Vaccination North-Western Provinces and Oudh 1896-1901 - 1896-1901
Year: 1896
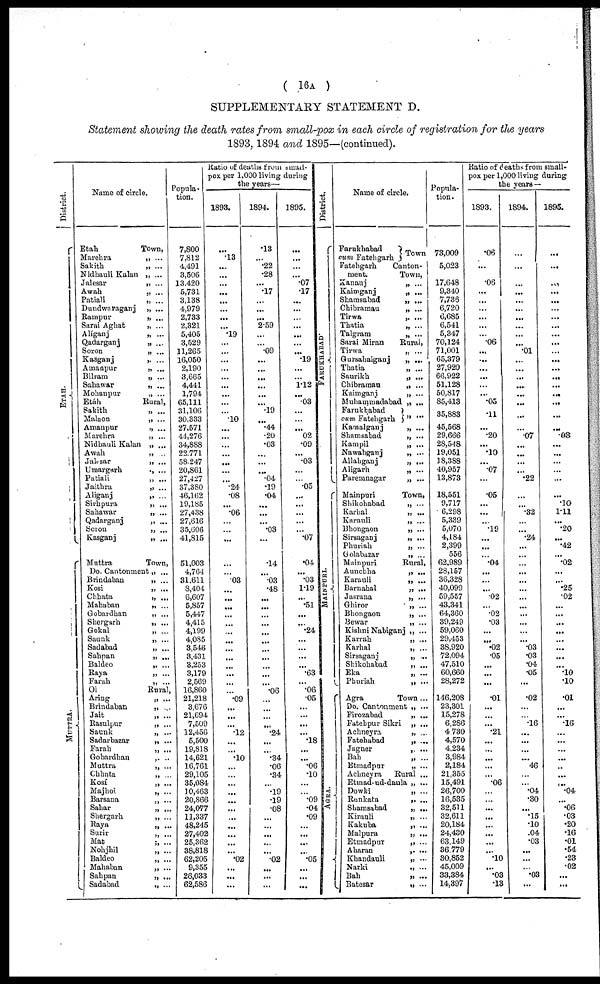
( 16A )
SUPPLEMENTARY STATEMENT D.
Statement showing the death rates from small-pox in each circle of registration for the years
1893, 1894 and 1895—(continued).
District.
ETAH.
MUTTRA.
Name of circle.
Etah
Marchra
Sakith
Nidhauli Kalan
Jalesar
Awah
Patiali
Dundwaraganj
Rampur
Sarai Aghat
Alíganj
Qadarganj
Soron
Kasganj
Amaopur
Bilram
Sahawar
Mohanpur
Etáh
Sakith
Malaon
Amanpur
Marehra
Nidhauli Kalan
Awah
Jalesar
Umargarh
Patiali
Jaithra
Aliganj
Sirhpura
Sahawar
Qadarganj
Soron
Kasganj
Muttra
Do. Cantonment
Brindaban
Kosi
Chhata
Mahaban
Gobardhan
Shergarh
Gokal
Saunk
Sadabad
Sahpan
Baldeo
Raya
Farah
Ol
Aring
Brindaban
Jait
Rasulpur
Saunk
Sadarbazar
Farah
Gobardhan
Muttra
Chhata
Kosí
Majhoi
Barsana
Sahar
Shergarh
Raya
Surir
Mat
Nohjhil
Baldeo
Mahaban
Sahpan
Sadabad
Town,
Rural,
Town,
Rural,
Popula-
tion.
7,800
7,812
4,491
3,506
13,420
5,731
3,138
4,979
2,733
2,321
5,405
3,529
11,265
16,050
2,190
3,665
4,441
1,794
65,111
31,106
30,333
27,571
44,276
34,888
22,771
58,247
20,861
27,427
37,380
46,162
19,185
27,438
27,616
35,606
41,815
51,003
4,764
31,611
8,404
6,607
5,857
5,447
4,415
4,199
4,085
3,546
3,431
3,253
3,179
2,569
16,860
21,218
3,676
21,694
7,509
12,456
5,500
19,818
14,621
16,761
29,105
35,084
10,463
20,866
24,077
11,337
48,245
27,402
25,362
38,818
62,205
9,355
26,033
62,586
Ratio of deaths from small-
pox per 1,000 living during
the years—
1893.
...
.13
...
...
...
...
...
...
...
...
.19
...
...
...
...
...
...
...
...
...
.10
...
...
...
...
...
...
...
.24
.08
...
.06
...
...
...
...
...
.03
...
...
...
...
...
...
...
...
...
...
...
...
...
.09
...
...
...
.12
...
...
.10
...
...
...
...
...
...
...
...
...
...
...
.02
...
...
...
1894.
.13
...
.22
.28
...
.17
...
...
...
2.59
...
...
.09
...
...
...
...
...
...
.19
...
.44
.20
.03
...
...
...
.04
.19
.04
...
...
... .03
...
.14
...
.03
.48
...
...
...
...
...
...
...
...
...
...
...
.06
...
...
...
...
.24
...
...
.34
.06
.34
...
.19
.19
.08
...
...
...
...
...
.02
...
...
...
1895.
...
...
...
...
.07
.17
...
...
...
...
...
...
...
.19
...
...
1.12
...
.03
...
...
...
02
.09
...
.03
...
...
.05
...
...
...
...
...
.07
.04
...
.03
1.19
...
.51
...
...
.24
...
...
...
...
.63
...
.06
.05
...
...
...
...
.18
...
...
.06
.10
...
.09
.04
.09
...
...
...
...
.05
...
...
...
District.
FARUKHABAD.
MAINPURI.
Agra.
Name of circle.
Farukhabad
cum Fatehgarh
Town
Fatehgarh Canton-
ment.
Town,
Kanauj
Kaimganj
Shamsabad
Chibramau
Tirwa
Thatia
Talgram
Sarai Miran
Tirwa
Gursahaiganj
Thatia
Saurikh
Chibramau
Kaimganj
Muhammadabad
„ ...
„ ...
„ ...
„ ...
„ ...
„ ...
„ ...
Rural,
„ ...
„ ...
„ ...
„ ...
„ ...
„ ...
„ ...
Farukhabad
cum Fatehgarh „ ...
Kamalganj
Shamsabad
Kampil
Nawabganj
Allahganj
Aligarh
Paremnagar
Mainpuri
Shikohabad
Karhal
Karauli
Bhongaon
Sirsaganj
Phuriah
Golabazar
Mainpuri
Aunchha
Karauli
Barnahal
Jasrana
Ghiror
Bhongaon
Bewar
Kishni Nabigan
Karrah
Karhal
Sirsaganj
Shikohabad
Eka
Phuriah
Agra
Do. Cantonment
Firozabad
Fatehpur Sikri
Achneyra
Fatehabad
Jagner
Bah
Etmadpur
Achneyra
Etmad-ud-daula
Dowki
Runkata
Shamsabad
Kirauli
Kakuba
Malpura
Etmadpur
Aharan
Khandauli
Narki
Bah
Batesar
„ ...
„ ...
„ ...
„ ...
„ ...
„ ...
„ ...
„ ...
Town,
„ ...
„ ...
„ ...
„ ...
„ ...
„ ...
„ ...
Rural,
„ ...
„ ...
„ ...
„ ...
„ ...
„ ...
„ ...
„ ...
„ ...
„ ...
„ ...
„ ...
„ ...
„ ...
Town ...
„
„ ...
„ ...
„ ...
„ ...
„ ...
„ ...
„ ...
Rural ...
„ ...
„ ...
„ ...
„ ...
„ ...
„ ...
„ ...
„ ...
„ ...
„ ...
„ ...
„ ...
„ ...
Popula-
tion.
73,009
5,023
17,648
9,340
7,736
6,720
6,685
6,541
5,347
70,124
71,001
65,379
27,920
66,922
51,128
50,817
85,413
35,883
45,568
29,666
28,548
19,051
18,388
40,957
13,873
18,551
9,717
6,298
5,339
5,070
4,184
2,399
556
62,989
28,157
36,328
40,099
59,557
43,341
64,360
39,249
59,060
29,453
38,920
72,094
47,510
60,660
28,272
116,208
23,301
15,278
6,286
4,730
4,570
4,234
3,984
2,184
21,355
15,491
26,700
16,535
32,511
32,611
20,184
24,430
63,149
36,779
30,852
45,009
33,384
14,397
Ratio of deaths from small-
pox per 1,000 living during
the years —
1893.
.06
...
.06
...
...
...
...
...
...
.06
...
...
...
...
...
...
.05
.11
...
.20
...
.10
...
.07
...
.05
...
...
... .19
...
...
...
.04
...
...
...
.02
...
.02
.03
...
...
.02
.05
...
...
...
.01
...
...
...
.21
...
...
...
...
...
.06
...
...
...
...
...
...
...
...
.10
...
.03
.13
1894.
...
...
...
...
...
...
...
...
...
...
.01
...
...
...
...
...
...
...
.07
...
...
...
...
.22
...
...
.32
...
...
.24
...
...
...
...
...
...
...
...
...
...
...
...
.03
.03
.04
.05
...
.02
...
.16
...
...
...
...
46
...
...
.04
.30
...
.15
.10
.04
.03
...
...
...
.03
...
1895.
...
...
...
...
...
...
...
...
...
...
...
...
...
...
...
...
...
...
...
08
...
...
...
...
...
...
.10
1.11
... .20
...
.42
...
.02
...
...
.25
.02
...
...
...
...
...
...
...
...
.10
.10
.01
...
...
.16
...
...
...
...
...
...
...
.04
...
.06
.03
.20
.16
.01
.54
.23
.02
...
...